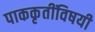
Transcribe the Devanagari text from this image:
पाककृतींविषयी